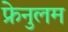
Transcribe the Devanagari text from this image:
फ्रेनुलम